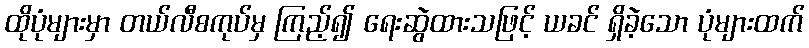
ထိုပုံများမှာ တယ်လီစကုပ်မှ ကြည့်၍ ရေးဆွဲထားသဖြင့် ယခင် ရှိခဲ့သော ပုံများထက်